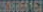
508866167